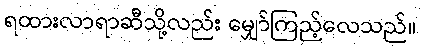
ရထားလာရာဆီသို့လည်း မျှော်ကြည့်လေသည်။